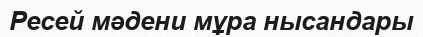
Ресей мәдени мұра нысандары